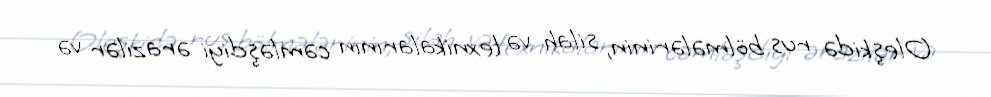
Oleşkidə rus bölmələrinin, silah və texnikalarının cəmləşdiyi ərazilər və